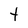
Character: t